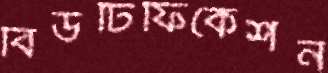
বিউটিফিকেশন